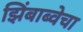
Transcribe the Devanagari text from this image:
झिंबाब्वेचा